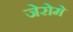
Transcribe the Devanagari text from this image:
जेरोमे